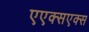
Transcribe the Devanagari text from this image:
एएक्सएक्स